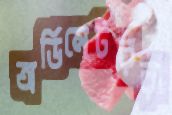
অর্ডিনেটররা